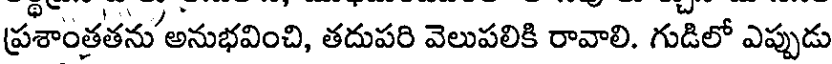
ప్రశాంతతను'అనుభవించి, తదుపరి వెలుపలికి రావాలి. గుడిలో ఎప్పుడు